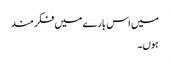
میں اس بارے میں فکر مند
ہوں۔